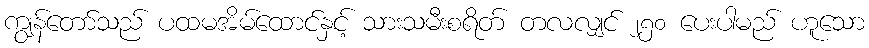
ကျွန်တော်သည် ပထမအိမ်ထောင်နှင့် သားသမီးစရိတ် တလလျှင် ၂၅၀ ပေးပါမည် ဟူသော